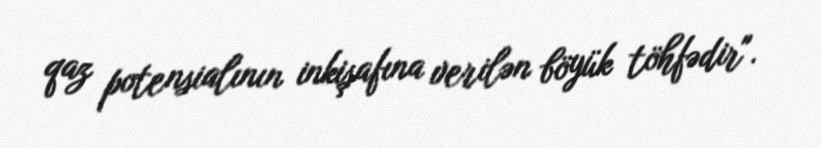
qaz potensialının inkişafına verilən böyük töhfədir".